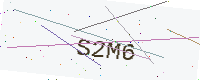
Text: S2M6